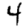
Digit: 4